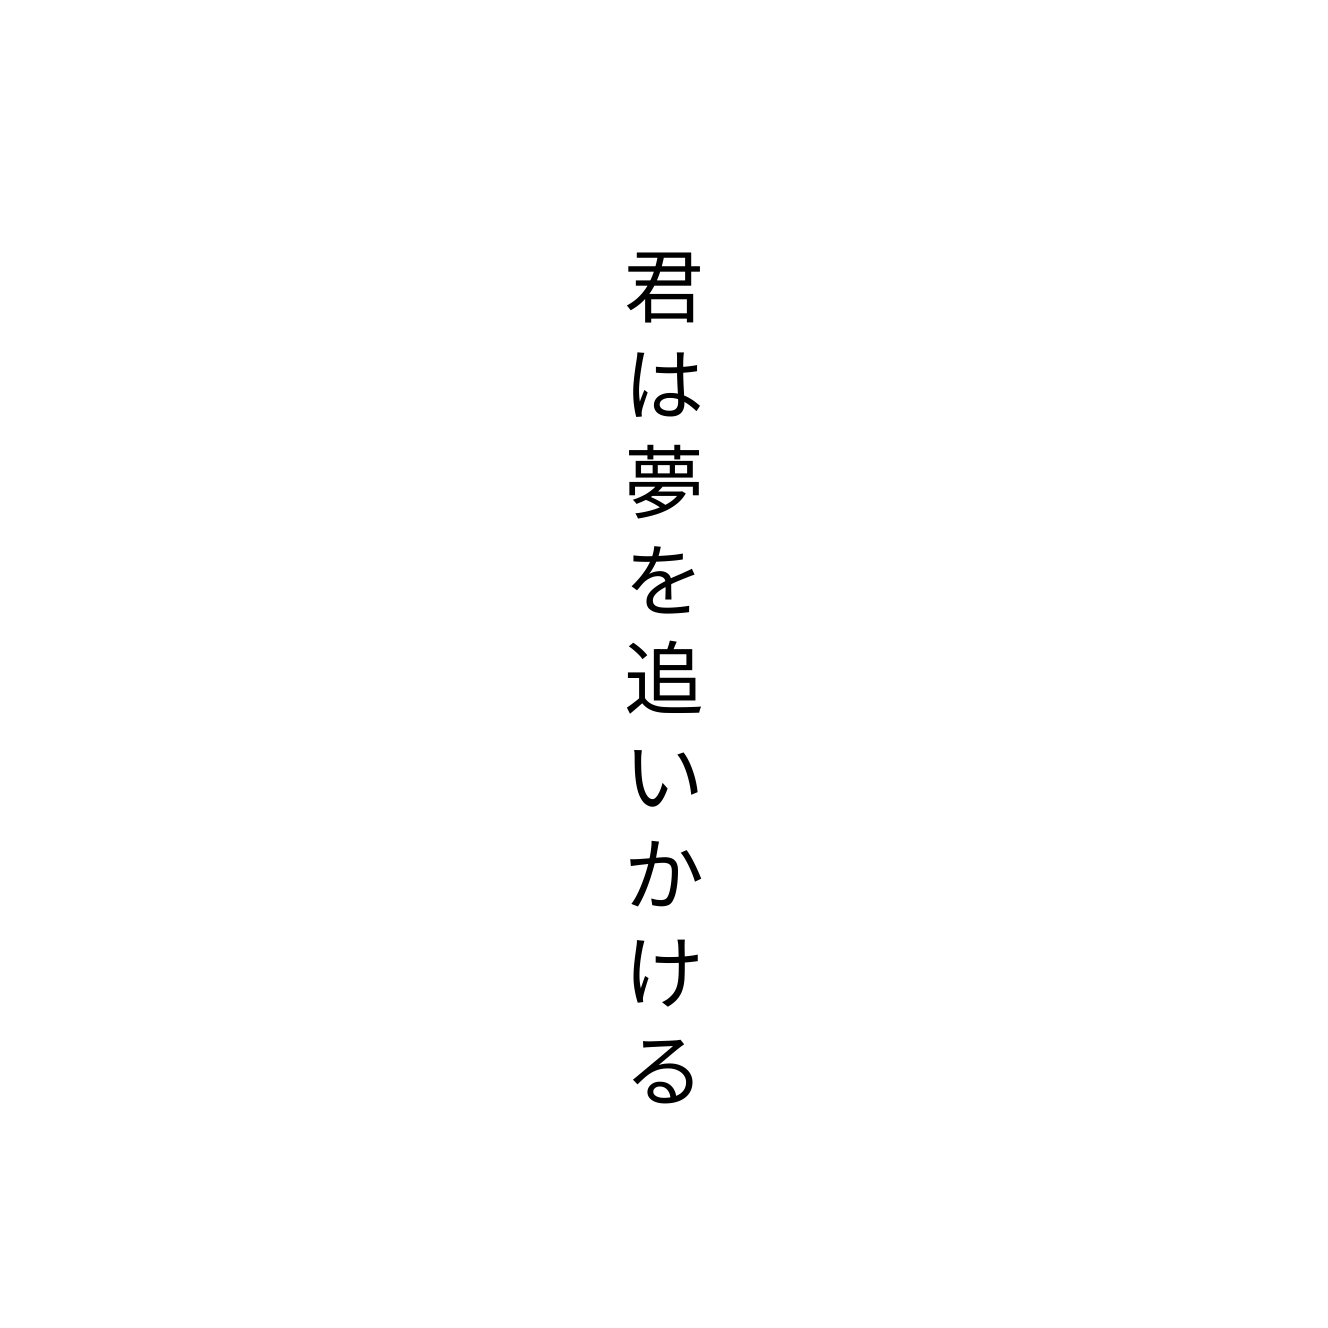
君は夢を追いかける